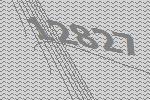
12827